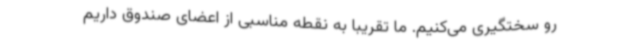
رو سختگیری می‌کنیم. ما تقریبا به نقطه مناسبی از اعضای صندوق داریم